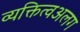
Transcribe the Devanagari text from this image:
व्यक्तित्वअलग